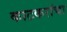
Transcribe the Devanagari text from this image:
काटकरांचा